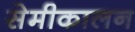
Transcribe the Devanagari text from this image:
सेमीकालन